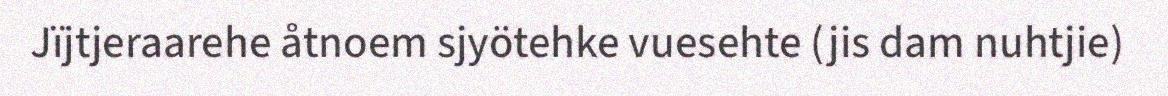
Jïjtjeraarehe åtnoem sjyötehke vuesehte (jis dam nuhtjie)